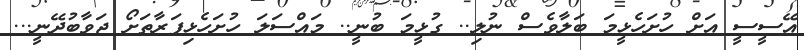
އޭސީސީ އަށް ހުށަހެޅީމަ ބަލާވެސް ނުލި.. ގުޅީމަ ބުނީ.. މައްސަލަ ހުށަހެޅިފަރާތަށޯ ޖަވާބުދޭނީ...